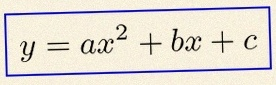
y=ax^2+bx+c